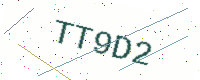
Text: TT9D2